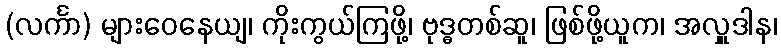
(လင်္ကာ) များဝေနေယျ၊ ကိုးကွယ်ကြဖို့၊ ဗုဒ္ဓတစ်ဆူ၊ ဖြစ်ဖို့ယူက၊ အလှူဒါန၊